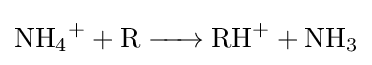
{\ce {NH4+ + R -> RH+ + NH3}}